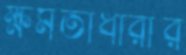
ক্ষমতাধারীর